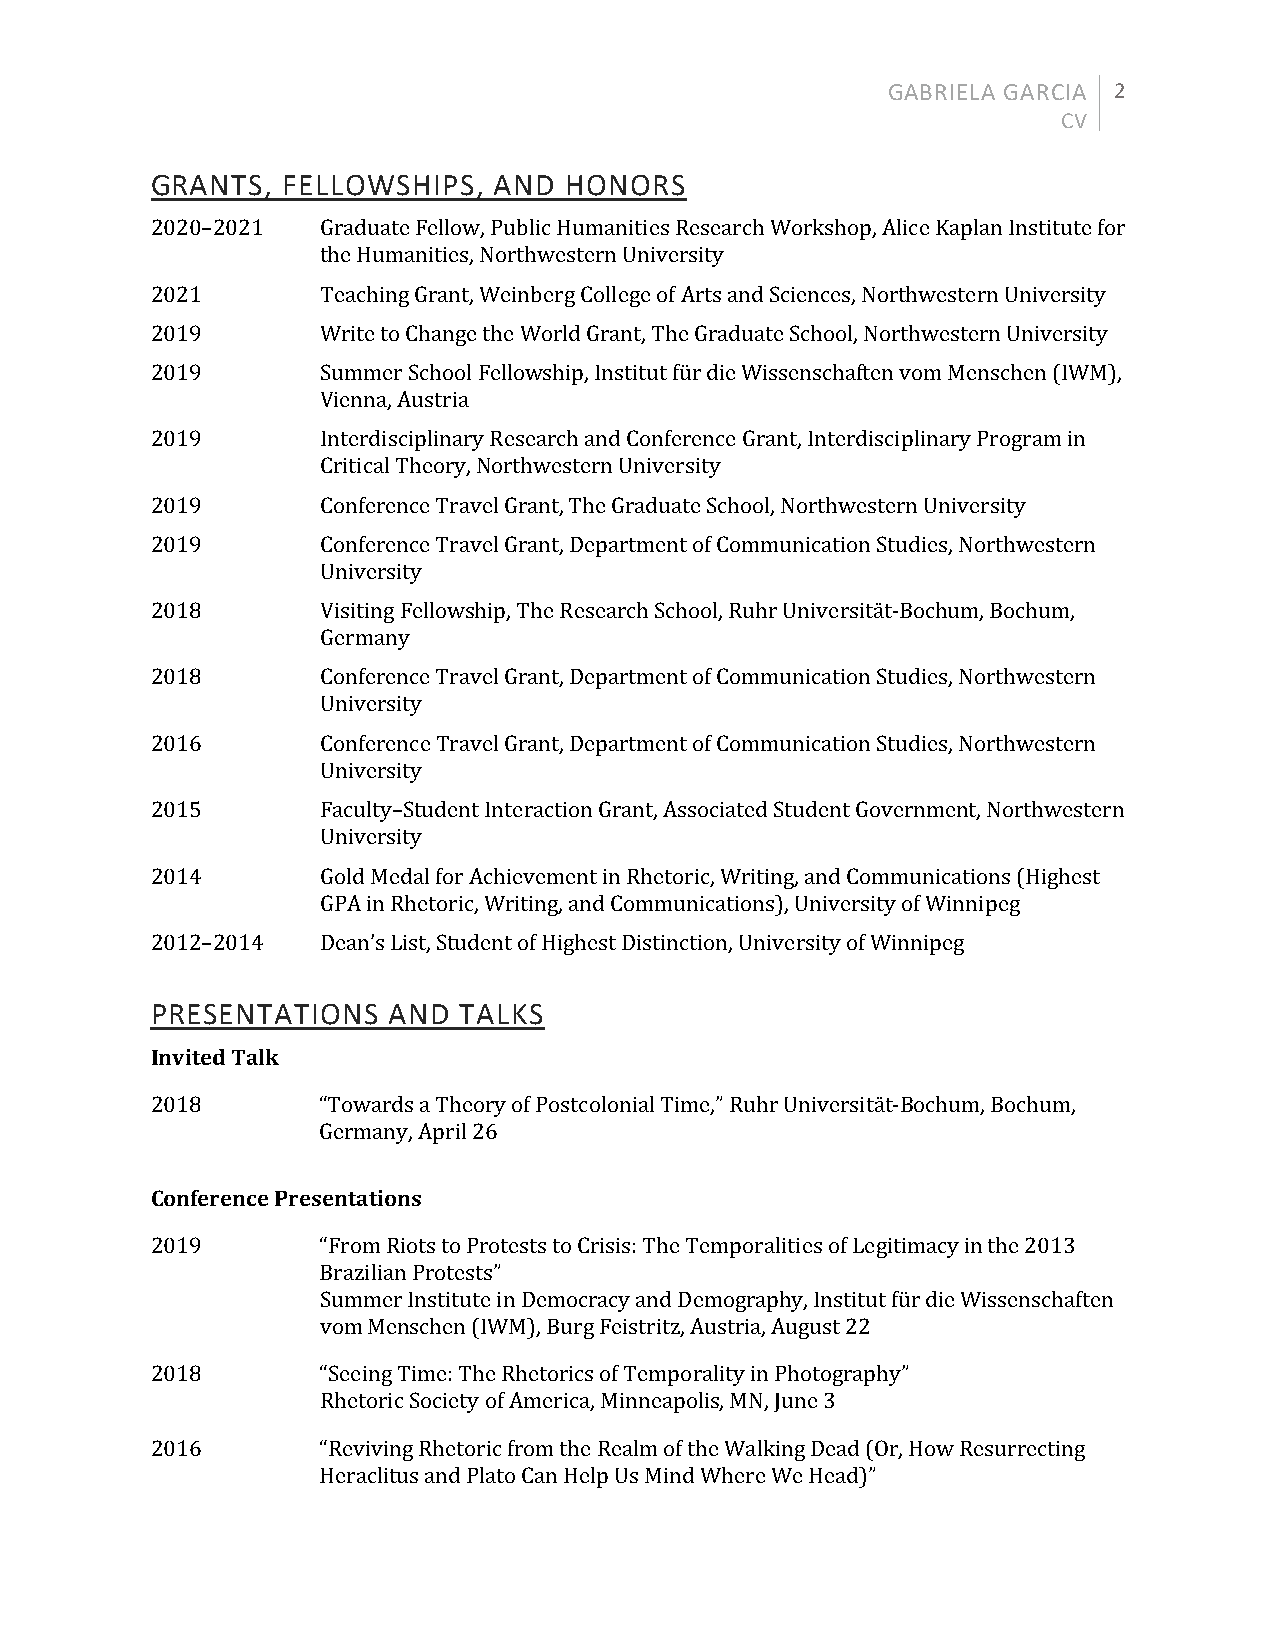
GABRIELA GARCIA 2
 CV
 GRANTS,  FELLOWSHIPS,  AND HONORS
 2020–2021  Graduate Fellow, Public Humanities Research Workshop, Alice Kaplan Institute for
 the Humanities, Northwestern University
 2021       Teaching Grant, Weinberg College of Arts and Sciences, Northwestern University
 2019       Write to Change the World Grant, The Graduate School, Northwestern University
 2019       Summer School Fellowship, Institut für die Wissenschaften vom Menschen (IWM),
 Vienna, Austria
 2019       Interdisciplinary Research and Conference Grant, Interdisciplinary Program in
 Critical Theory, Northwestern University
 2019       Conference Travel Grant, The Graduate School, Northwestern University
 2019       Conference Travel Grant, Department of Communication Studies, Northwestern
 University
 2018       Visiting Fellowship, The Research School, Ruhr Universität-Bochum, Bochum,
 Germany
 2018       Conference Travel Grant, Department of Communication Studies, Northwestern
 University
 2016       Conference Travel Grant, Department of Communication Studies, Northwestern
 University
 2015       Faculty–Student Interaction Grant, Associated Student Government, Northwestern
 University
 2014       Gold Medal for Achievement in Rhetoric, Writing, and Communications (Highest
 GPA in Rhetoric, Writing, and Communications), University of Winnipeg
 2012–2014  Dean’s List, Student of Highest Distinction, University of Winnipeg
 PRESENTATIONS   AND TALKS
 Invited Talk
 2018       “Towards a Theory of Postcolonial Time,” Ruhr Universität-Bochum, Bochum,
 Germany, April 26
 Conference Presentations
 2019       “From Riots to Protests to Crisis: The Temporalities of Legitimacy in the 2013
 Brazilian Protests”
 Summer Institute in Democracy and Demography, Institut für die Wissenschaften
 vom Menschen (IWM), Burg Feistritz, Austria, August 22
 2018       “Seeing Time: The Rhetorics of Temporality in Photography”
 Rhetoric Society of America, Minneapolis, MN, June 3
 2016       “Reviving Rhetoric from the Realm of the Walking Dead (Or, How Resurrecting
 Heraclitus and Plato Can Help Us Mind Where We Head)”